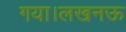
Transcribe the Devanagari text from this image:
गया।लखनऊ